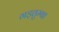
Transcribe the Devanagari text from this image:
गड़तुम्बा